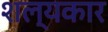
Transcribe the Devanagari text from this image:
शल्यकार